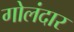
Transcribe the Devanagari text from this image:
गोलंदार